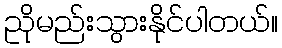
ညိုမည်းသွားနိုင်ပါတယ်။